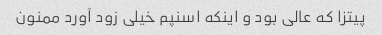
پیتزا که عالی بود و اینکه اسنپم خیلی زود آورد ممنون